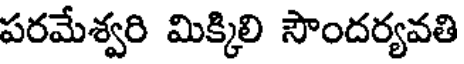
పరమేశ్వరి మిక్కిలి సౌందర్యవతి